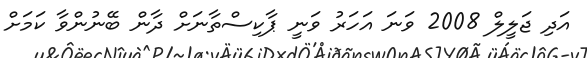
އަދި ޖަލީލް 2008 ވަނަ އަހަރު ވަނީ ޕާކިސްތާނަށް ދާން ބޭނުންވާ ކަމަށް